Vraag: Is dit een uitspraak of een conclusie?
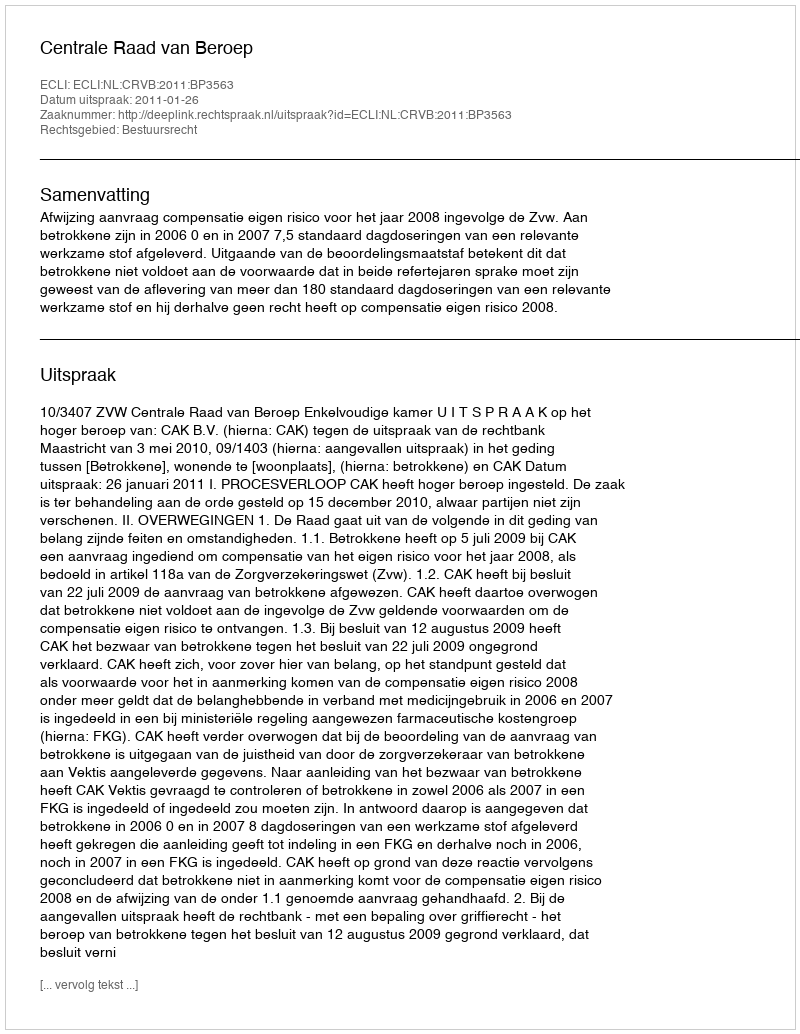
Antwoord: Uitspraak